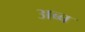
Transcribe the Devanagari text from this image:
अब्ब